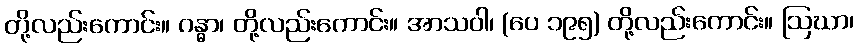
တို့လည်းကောင်း။ ဂန္ဓာ၊ တို့လည်းကောင်း။ အာသဝါ၊ (ပေ ၁၉၅) တို့လည်းကောင်း။ ဩဃာ၊